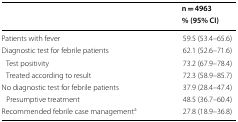
<table><thead><tr><td rowspan="2"></td><td><b>n = 4963</b></td></tr><tr><td><b>% (95% CI)</b></td></tr></thead><tbody><tr><td>Patients with fever</td><td>59.5 (53.4–65.6)</td></tr><tr><td>Diagnostic test for febrile patients</td><td>62.1 (52.6–71.6)</td></tr><tr><td> Test positivity</td><td>73.2 (67.9–78.4)</td></tr><tr><td> Treated according to result</td><td>72.3 (58.9–85.7)</td></tr><tr><td>No diagnostic test for febrile patients</td><td>37.9 (28.4–47.4)</td></tr><tr><td> Presumptive treatment</td><td>48.5 (36.7–60.4)</td></tr><tr><td>Recommended febrile case management<sup>a</sup></td><td>27.8 (18.9–36.8)</td></tr></tbody></table>